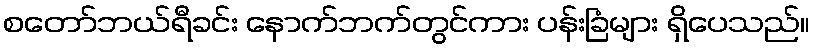
စတော်ဘယ်ရီခင်း နောက်ဘက်တွင်ကား ပန်းခြံများ ရှိပေသည်။